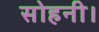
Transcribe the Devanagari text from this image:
सोहनी।